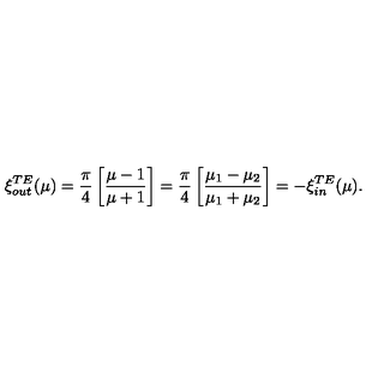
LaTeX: \xi _ { \small o u t } ^ { \small T E } ( \mu ) = { \frac { \pi } { 4 } } \left[ { \frac { \mu - 1 } { \mu + 1 } } \right] = { \frac { \pi } { 4 } } \left[ { \frac { \mu _ { 1 } - \mu _ { 2 } } { \mu _ { 1 } + \mu _ { 2 } } } \right] = - \xi _ { \small i n } ^ { \small T E } ( \mu ) .